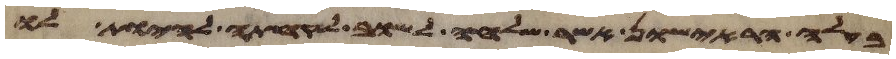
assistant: בעלה הראישון אשר שלחה לשוב לקחתה להיות לו